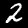
Label: 2